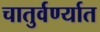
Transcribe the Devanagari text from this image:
चातुर्वर्ण्यात